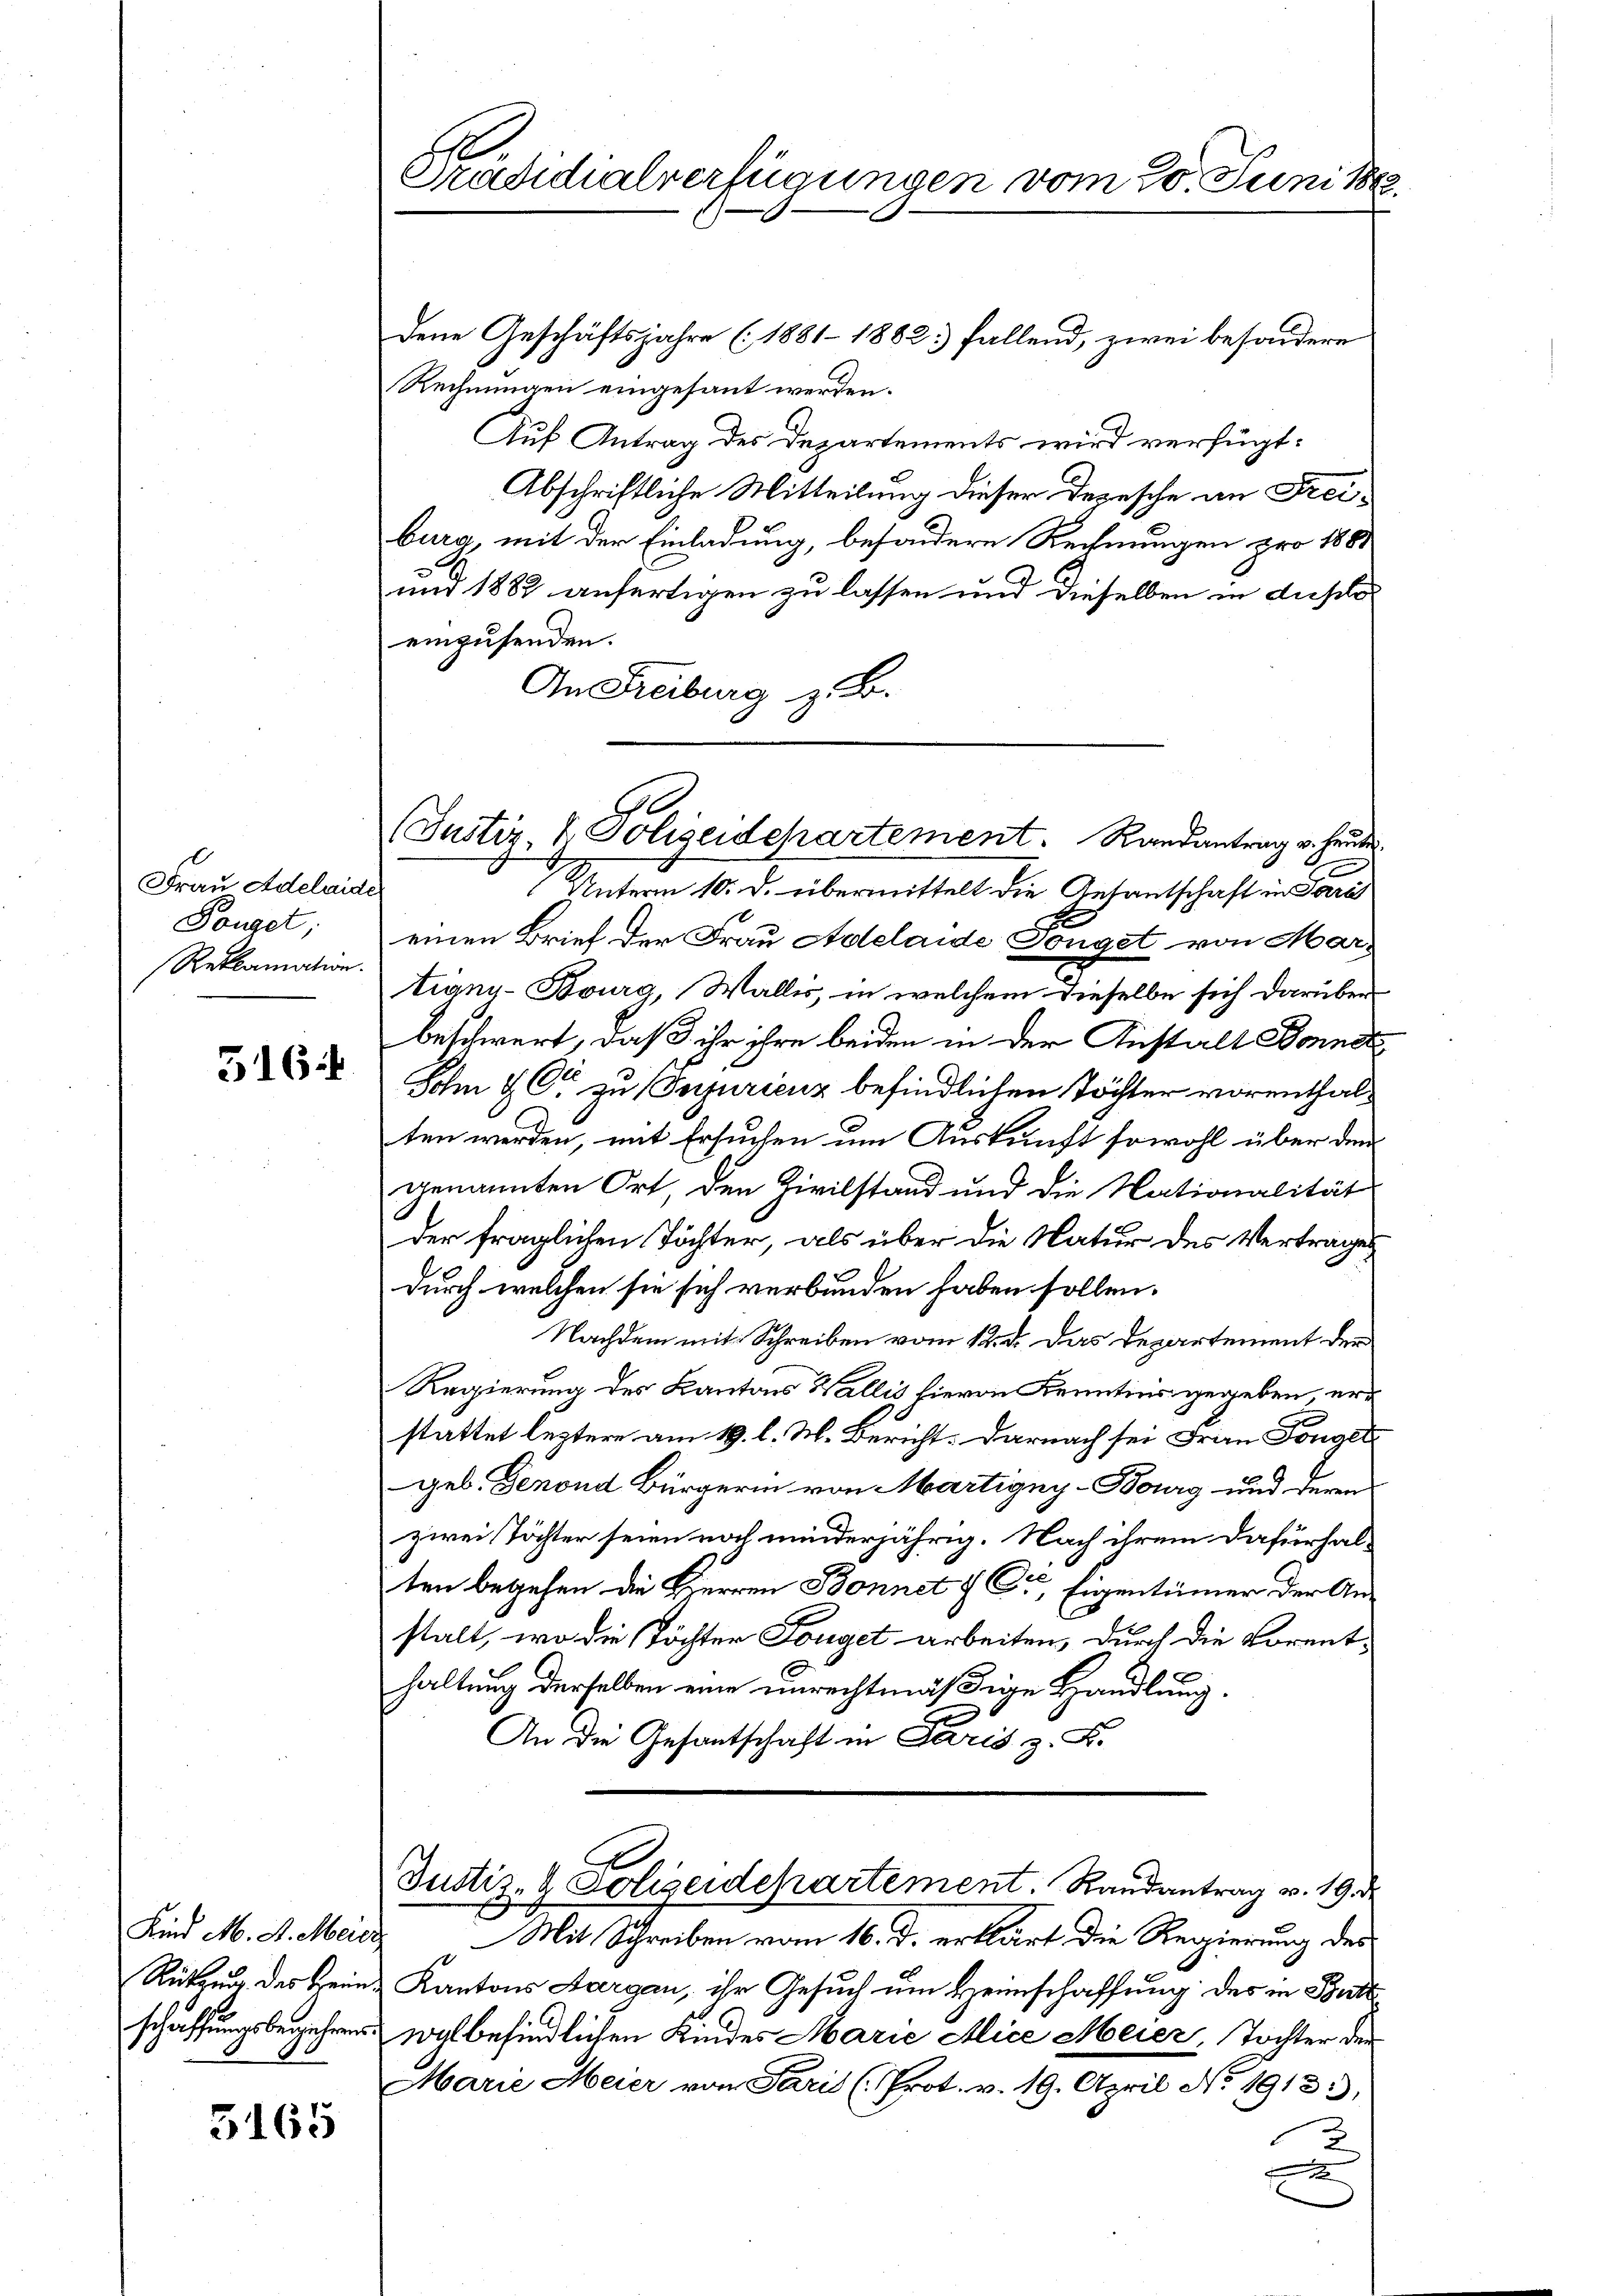
Frau Adelaide
Ponget;
Reklamation.

516

Kind M. A. Meier
schaffungsbegehren.

3165

Präsidialverfügungen vom 20. Juni 18.

dene Geschäftsjahre (1881-1882. fallend, zwei besondere
Rechnungen eingesant werden.
Auf Antrag des Departements wird verfügt:
Abschriftliche Mitteilung dieser Depesche an Freiburg, mit der Einladung, besondere Rechnungen pro 1881
und 1882 anfertigen zu lassen und dieselben in dieseleinzusenden.
An Freiburg z. B.
unterm 10. d. übermittelt die Gesantschaft in Para
einen Brief der Frau Adelaide Tonget von Martigny-Burg, Wallis, in welchem dieselbe sich darüber
beschwert, daß ihr ihre beiden in der Anstalt Bonnd
Sohn & Co. zu Injurienz befindlichen Töchter vorenthalten werden, mit Ersuchen um Auskunft sowohl über dem
genannten Ort, den Zivilstand und die Nationalität
der fraglichen Töchter, als über die Natur des Vertrages
durch welchen sie sich verbunden haben sollen.
Nachdem mit Schreiben vom 12. d. das Departement der
Regierung des Kantons Wallis hievon Kenntnis gegeben, erstattet leztere am 19. l. M. Bericht: Darnach sei Frau Tongel
geb. Genond Bürgerin von Martigny-Bourg und deren
zwei Töchter seien noch minderjährig. Nach ihrem Dafürhalten begehen die Herren Bonnet & Cie, Eigentümer der Anstalt, wo die Töchter Tonget arbeiten, durch die Vorenthaltung derselben eine unrechtmäßige Handlung.
An die Gesantschaft in Paris z. K.

(Justiz & Polizeidepartement. Randantrag u. heute.

C
Justiz- & Polizeidepartement. Randantrag v. 19. d.

Mit Schreiben vom 16. d. erklärt die Regierung des
Rützung des Heim & Kantons Aargau, ihr Gesuch um Heimschaffung des in Butt
wyl befindlichen Kindes Marie Alice Meier, Tochter der
Marie Meier von Paris (Prot. v. 19. April No 1913.,
2
x